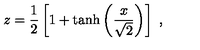
z = { \frac { 1 } { 2 } } \left[ 1 + \tanh \left( { \frac { x } { \sqrt { 2 } } } \right) \right] \ ,